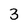
Character: 3